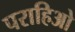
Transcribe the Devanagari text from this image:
पराहिओ